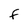
Character: f